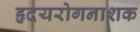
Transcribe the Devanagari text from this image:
हृदयरोगनाशक